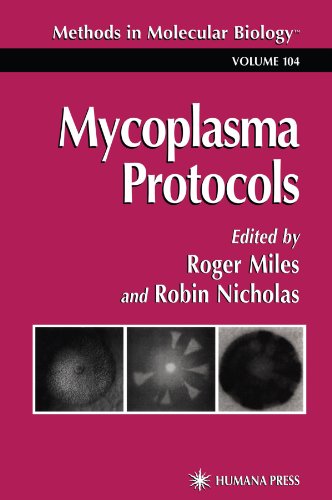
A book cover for Mycoplasma Protocols (Methods in Molecular Biology); Medical Books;